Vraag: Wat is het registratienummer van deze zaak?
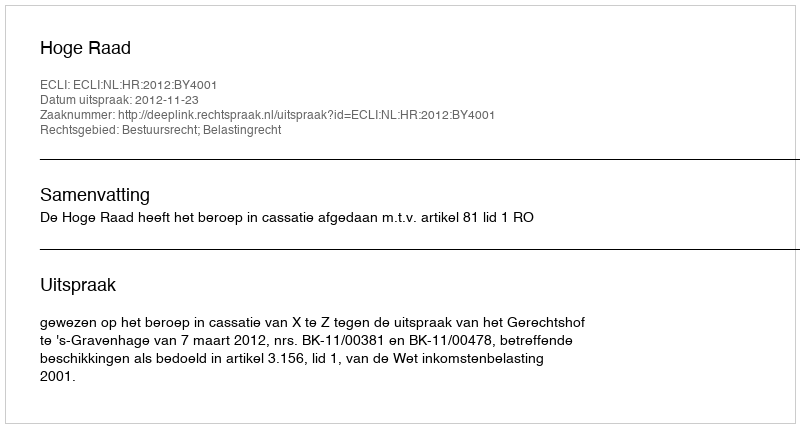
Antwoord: http://deeplink.rechtspraak.nl/uitspraak?id=ECLI:NL:HR:2012:BY4001